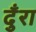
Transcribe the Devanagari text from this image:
दुँरा